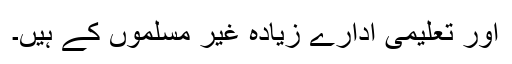
اور تعلیمی ادارے زیادہ غیر مسلموں کے ہیں۔